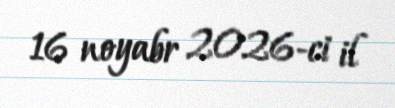
16 noyabr 2026-ci il